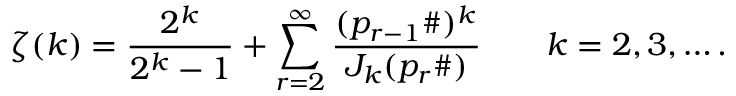
\zeta ( k ) = { \frac { 2 ^ { k } } { 2 ^ { k } - 1 } } + \sum _ { r = 2 } ^ { \infty } { \frac { ( p _ { r - 1 } \# ) ^ { k } } { J _ { k } ( p _ { r } \# ) } } \qquad k = 2 , 3 , \ldots .